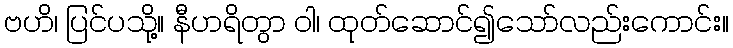
ဗဟိ၊ ပြင်ပသို့။ နီဟရိတွာ ဝါ၊ ထုတ်ဆောင်၍သော်လည်းကောင်း။